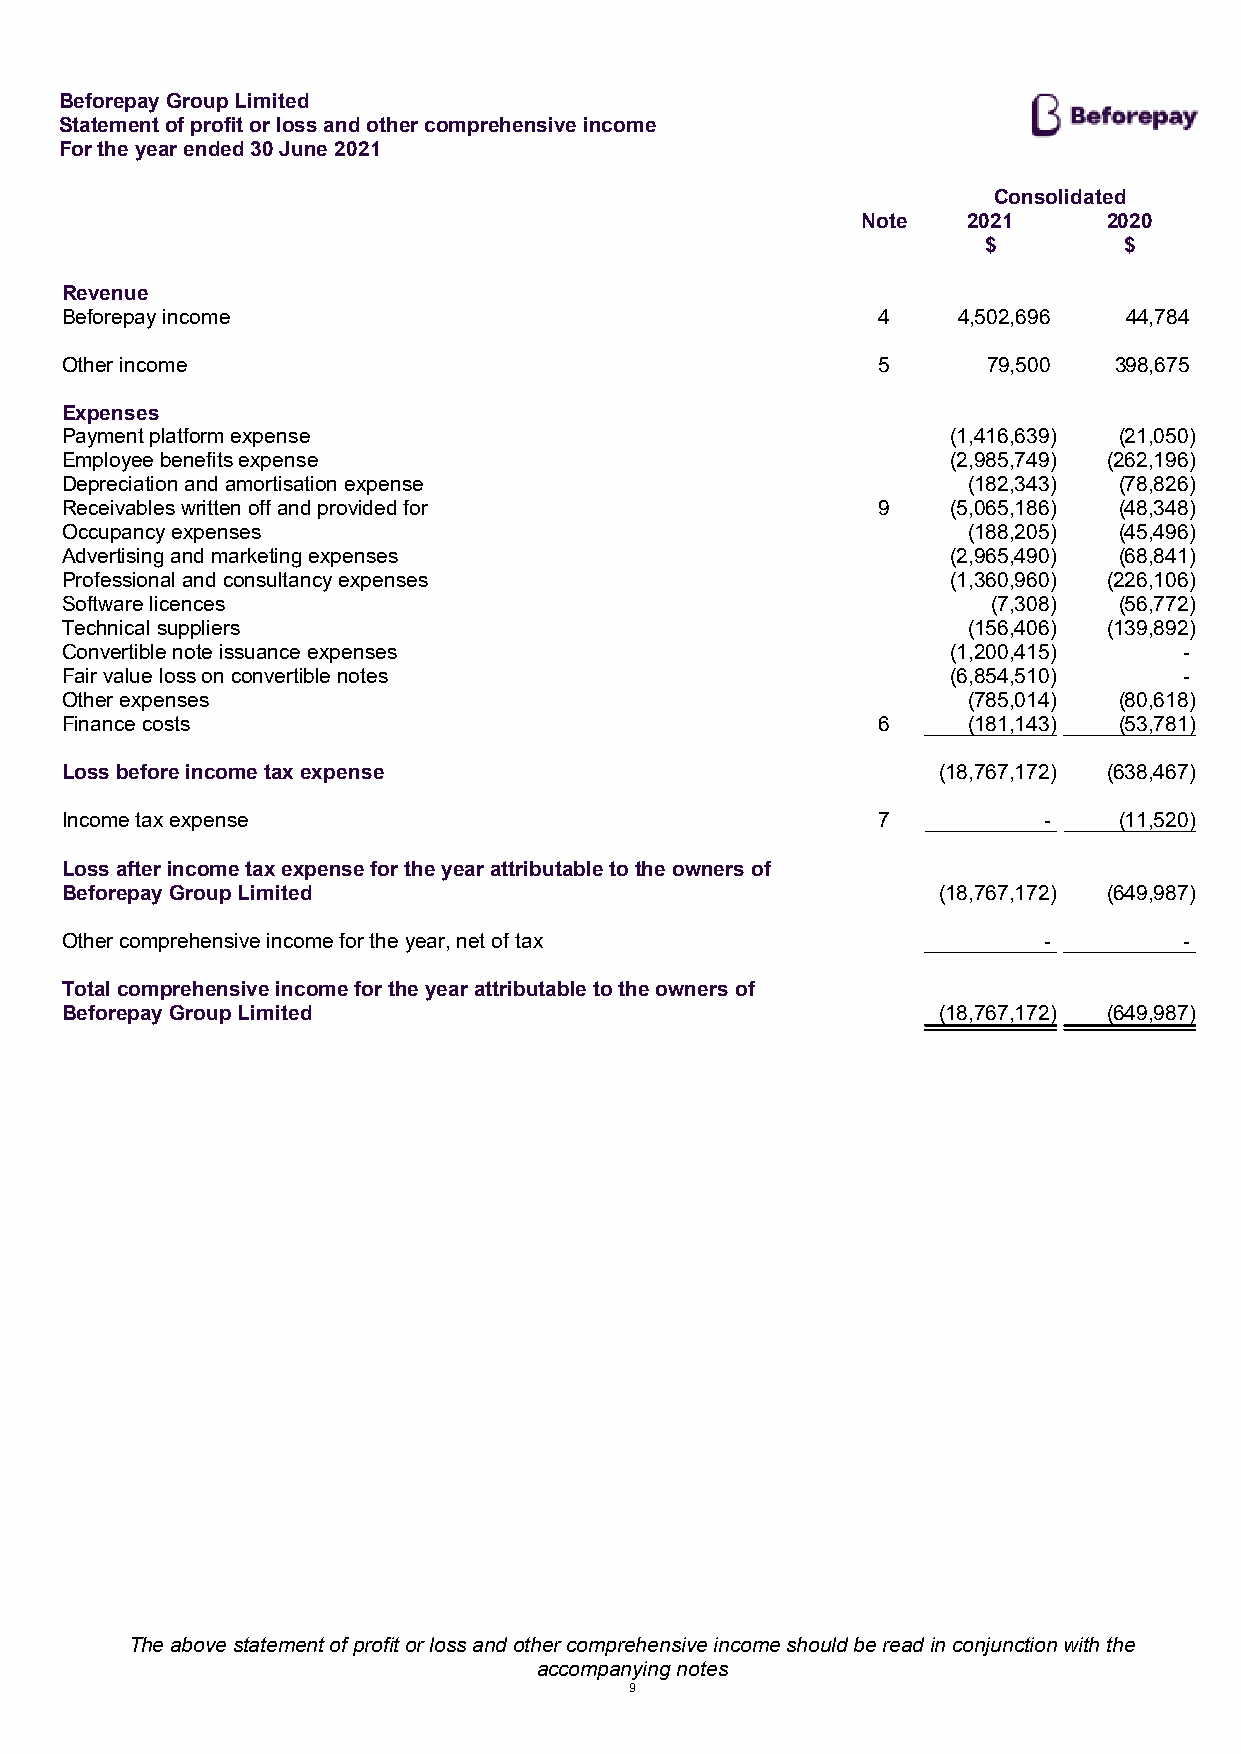
Beforepay Group Limited
 Statement of profit or loss and other comprehensive income
 For the year ended 30 June 2021
 Consolidated
 Note   2021     2020
 $        $
 Revenue
 Beforepay income                                      4    4,502,696   44,784
 Other income                                          5      79,500   398,675
 Expenses
 Payment platform expense                                   (1,416,639) (21,050)
 Employee benefits expense                                  (2,985,749) (262,196)
 Depreciation and amortisation expense                       (182,343) (78,826)
 Receivables written off and provided for              9    (5,065,186) (48,348)
 Occupancy expenses                                          (188,205) (45,496)
 Advertising and marketing expenses                         (2,965,490) (68,841)
 Professional and consultancy expenses                      (1,360,960) (226,106)
 Software licences                                             (7,308) (56,772)
 Technical suppliers                                         (156,406) (139,892)
 Convertible note issuance expenses                         (1,200,415)    -
 Fair value loss on convertible notes                       (6,854,510)    -
 Other expenses                                              (785,014) (80,618)
 Finance costs                                         6     (181,143) (53,781)
 Loss before income tax expense                            (18,767,172) (638,467)
 Income tax expense                                    7          -    (11,520)
 Loss after income tax expense for the year attributable to the owners of
 Beforepay Group Limited                                   (18,767,172) (649,987)
 Other comprehensive income for the year, net of tax              -        -
 Total comprehensive income for the year attributable to the owners of
 Beforepay Group Limited                                   (18,767,172) (649,987)
 The above statement of profit or loss and other comprehensive income should be read in conjunction with the
 accompanying notes
 9